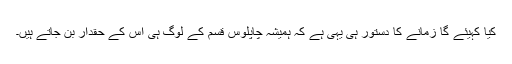
کیا کہیئے گا زمانے کا دستور ہی یہی ہے کہ ہمیشہ چاپلوس قسم کے لوگ ہی اس کے حقدار بن جاتے ہیں۔